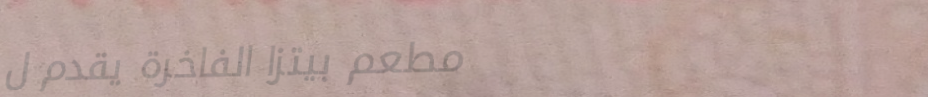
مطعم بيتزا الفاخرة يقدم ل